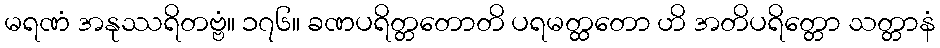
မရဏံ အနုဿရိတဗ္ဗံ။ ၁၇၆။ ခဏပရိတ္တတောတိ ပရမတ္ထတော ဟိ အတိပရိတ္တော သတ္တာနံ